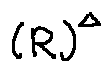
( R ) ^ { \Delta }